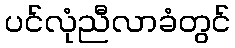
ပင်လုံညီလာခံတွင်